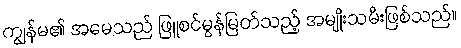
ကျွန်မ၏ အမေသည် ဖြူစင်မွန်မြတ်သည့် အမျိုးသမီးဖြစ်သည်။